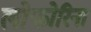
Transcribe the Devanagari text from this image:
लोफोरिना